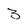
Character: 3